Indian journal of veterinary science and animal husbandry - Volumes 15-17, 1948-1951
Year: 1948
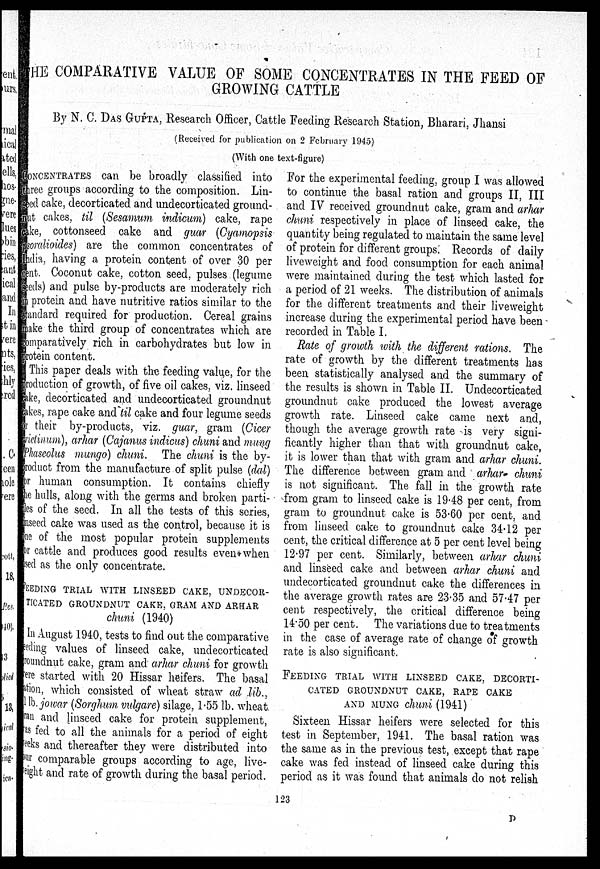
THE COMPARATIVE VALUE OF SOME CONCENTRATES IN THE FEED OF
GROWING CATTLE
By N. C. DAS GUPTA, Research Officer, Cattle Feeding Research Station, Bharari, Jhansi
(Received for publication on 2 February 1945)
(With one text-figure)
CONCENTRATES can be broadly classified into
three groups according to the composition. Lin-
seed cake, decorticated and undecorticated ground-
nut cakes, til (Sesamum indicum) cake, rape
cake, cottonseed cake and guar (Cyamopsis
psoralioides) are the common concentrates of
India, having a protein content of over 30 per
cent. Coconut cake, cotton seed, pulses (legume
seeds) and pulse by-products are moderately rich
in protein and have nutritive ratios similar to the
standard required for production. Cereal grains
make the third group of concentrates which are
comparatively rich in carbohydrates but low in
protein content.
This paper deals with the feeding value, for the
production of growth, of five oil cakes, viz. linseed
cake, decorticated and undecorticated groundnut
cakes, rape cake and til cake and four legume seeds
or their by-products, viz. guar, gram (Cicer
trietinum), arhar (Cajanus indicus) chuni and mung
Phaseolus mungo) chuni. The chuni is the by-
product from the manufacture of split pulse (dal)
or human consumption. It contains chiefly
the hulls, along with the germs and broken parti-
--es of the seed. In all the tests of this series,
unseed cake was used as the control, because it is
one of the most popular protein supplements
or cattle and produces good results even when
used as the only concentrate.
FEEDING TRIAL WITH LINSEED CAKE,
UNDECOR-
------- GROUNDNUT CAKE, GRAM AND ARHAR
chuni (1940)
In August 1940, tests to find out the comparative
feeding values of linseed cake, undecorticated
groundnut cake, gram and arhar chuni for growth
were started with 20 Hissar heifers. The basal
ation, which consisted of wheat straw ad lib.,
1lb. jowar (Sorghum vulgare) silage, 1.55 lb. wheat
ran and linseed cake for protein supplement,
was fed to all the animals for a period of eight
weeks and thereafter they were distributed into
our comparable groups according to age, live-
weight and rate of growth during the basal period.
For the experimental feeding, group I was allowed
to continue the basal ration and groups II, III
and IV received groundnut cake, gram and arhar
chuni respectively in place of linseed cake, the
quantity being regulated to maintain the same level
of protein for different groups. Records of daily
liveweight and food consumption for each animal
were maintained during the test which lasted for
a period of 21 weeks. The distribution of animals
for the different treatments and their liveweight
increase during the experimental period have been
recorded in Table I.
Rate of growth with the different rations. The
rate of growth by the different treatments has
been statistically analysed and the summary of
the results is shown in Table II. Undecorticated
groundnut cake produced the lowest average
growth rate. Linseed cake came next and,
though the average growth rate is very signi-
ficantly higher than that with groundnut cake,
it is lower than that with gram and arhar chuni.
The difference between gram and arhar chuni
is not significant. The fall in the growth rate
from gram to linseed cake is 19.48 per cent, from
gram to groundnut cake is 53.60 per cent, and
from linseed cake to groundnut cake 34.12 per
cent, the critical difference at 5 per cent level being
12.97 per cent. Similarly, between arhar chuni
and linseed cake and between arhar chuni and
undecorticated groundnut cake the differences in
the average growth rates are 23.35 and 57.47 per
cent respectively, the critical difference being
14.50 per cent. The variations due to treatments
in the case of average rate of change of growth
rate is also significant.
FEEDING
TRIAL
WITH
LINSEED
CAKE,
DECORTI-
----- GROUNDNUT CAKE, RAPE CAKE
AND MUNG chuni (1941)
Sixteen Hissar heifers were selected for this
test in September, 1941. The basal ration was
the same as in the previous test, except that rape
cake was fed instead of linseed cake during this
period as it was found that animals do not relish
123
D